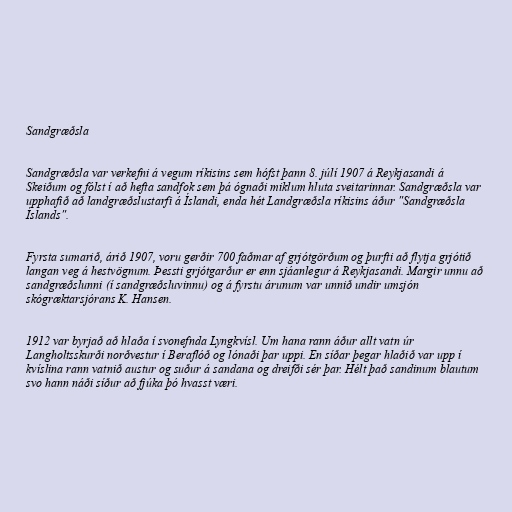
Sandgræðsla

Sandgræðsla var verkefni á vegum ríkisins sem hófst þann 8. júlí 1907 á Reykjasandi á
Skeiðum og fólst í að hefta sandfok sem þá ógnaði miklum hluta sveitarinnar. Sandgræðsla var
upphafið að landgræðslustarfi á Íslandi, enda hét Landgræðsla ríkisins áður "Sandgræðsla
Íslands".

Fyrsta sumarið, árið 1907, voru gerðir 700 faðmar af grjótgörðum og þurfti að flytja grjótið
langan veg á hestvögnum. Þessti grjótgarður er enn sjáanlegur á Reykjasandi. Margir unnu að
sandgræðslunni (í sandgræðsluvinnu) og á fyrstu árunum var unnið undir umsjón
skógræktarsjórans K. Hansen.

1912 var byrjað að hlaða í svonefnda Lyngkvísl. Um hana rann áður allt vatn úr
Langholtsskurði norðvestur í Beraflóð og lónaði þar uppi. En síðar þegar hlaðið var upp í
kvíslina rann vatnið austur og suður á sandana og dreifði sér þar. Hélt það sandinum blautum
svo hann náði síður að fjúka þó hvasst væri.